Calcutta medical institutions reports 1871-78
Year: 1871
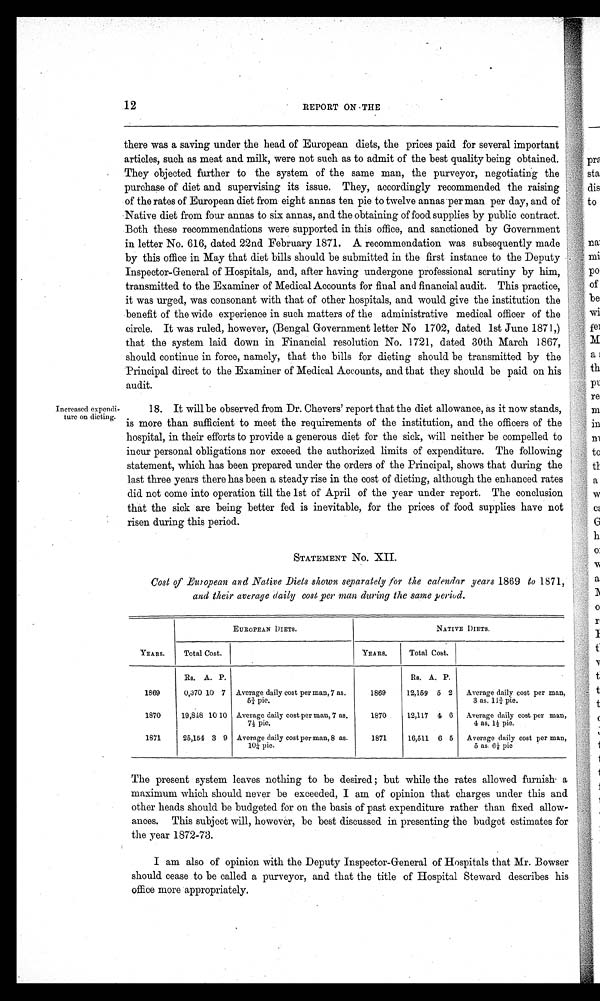
Increased expendi
ture On dieting.
12
REPORT ON THE
there was a saving under the head of European diets, the prices paid for several important
articles, such as meat and milk, were not such as to admit of the best quality being obtained.
They objected further to the system of the same man, the purveyor, negotiating the
purchase of diet and supervising its issue. They, accordingly recommended the raising
of the rates of European diet from eight annas ten pie to twelve annas per man per day, and of
Native diet from four annas to six annas, and the obtaining of food supplies by public contract.
Both these recommendations were supported in this office, and sanctioned by Government
in letter No. 616, dated 22nd February 1871. A recommendation was subsequently made
by this office in May that diet bills should be submitted in the first instance to the Deputy
Inspector-General of Hospitals, and, after having undergone professional scrutiny by him,
transmitted to the Examiner of Medical Accounts for final and financial audit. This practice,
it was urged, was consonant with that of other hospitals, and would give the institution the
benefit of the wide experience in such matters of the administrative medical officer of the
circle. It was ruled, however, (Bengal Government letter No 1702, dated 1st June 1871,)
that the system laid down in Financial resolution No. 1721, dated 30th March 1867,
should continue in force, namely, that the bills for dieting should be transmitted by the
Principal direct to the Examiner of Medical Accounts, and that they should be paid on his
audit. 18.
It will be observed from Dr. Chevers’ report that the diet allowance, as it now stands,
is more than sufficient to meet the requirements of the institution, and the officers of the
hospital, in their efforts to provide a generous diet for the sick, will neither be compelled to
incur personal obligations nor exceed the authorized limits of expenditure. The following
statement, which has been prepared under the orders of the Principal, shows that during the
last three years there has been a steady rise in the cost of dieting, although the enhanced rates
did not come into operation till the 1st of April of the year under report. The conclusion
that the sick are being better fed is inevitable, for the prices of food supplies have not
risen during this period.
STATEMENT No. XII.
Cost of European and Native Diets shown separately /or the calendar years 1869 to 1871,
and their average daily cost per man during the same period.
YEARS.
EUROPEAN DIETS .
NATIVE DIETS.
Total Cost.
YEARS.
Total Cost.
Rs. A. P.
Rs. A. P.
1869
0,370 10 7 Average daily cost per man, 7 as.
5¾ pie.
1869
12,159 6 2
Average daily cost per man,
3 as. 11¾ pie.
1870
19,848 10 10 Average daily cost per man, 7 as.
7½ pie.
1870
12,117 4 6
Average daily cost per man,
4 as. 1½ pie.
1871
25,154 3 9 Average daily cost per man, 8 as.
10¼ pie.
1871
16,511 6 5
Average daily cost per man,
5 as. 6⅛ pie
The present system leaves nothing to be desired ; but while the rates allowed furnish a
maximum which should never be exceeded, I am of opinion that charges under this and
other heads should be budgeted for on the basis of past expenditure rather than fixed allow
ances. This subject will, however, be best discussed in presenting the budget estimates for
the year 1872-73.
I am also of opinion with the Deputy Inspector-General of Hospitals that Mr. Bowser
should cease to be called a purveyor, and that the title of Hospital Steward. describes his
office more appropriately.